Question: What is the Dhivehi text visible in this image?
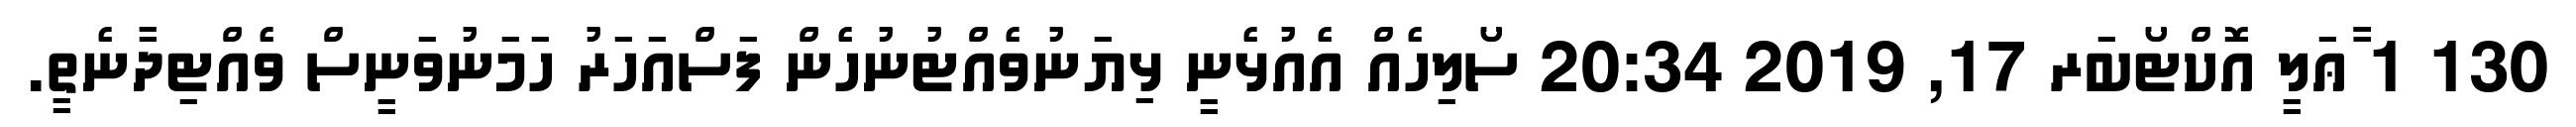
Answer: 130 1 ާާާޢަލީ އޮކްޓޯބަރ 17, 2019 20:34 ސޯލިހެއް އެއުޅެނީ ޅިޔަނުވެއްޓުނުހެން ފަސްއަހަރު ހަމަނުވަނީސް ވެއްޓިދާނެތީ.